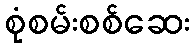
စုံစမ်းစစ်ဆေး